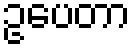
ဥပေတာ